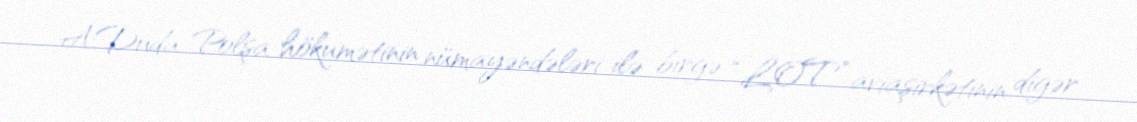
A.Duda Polşa hökumətinin nümayəndələri ilə birgə “LOT” aviaşirkətinin digər